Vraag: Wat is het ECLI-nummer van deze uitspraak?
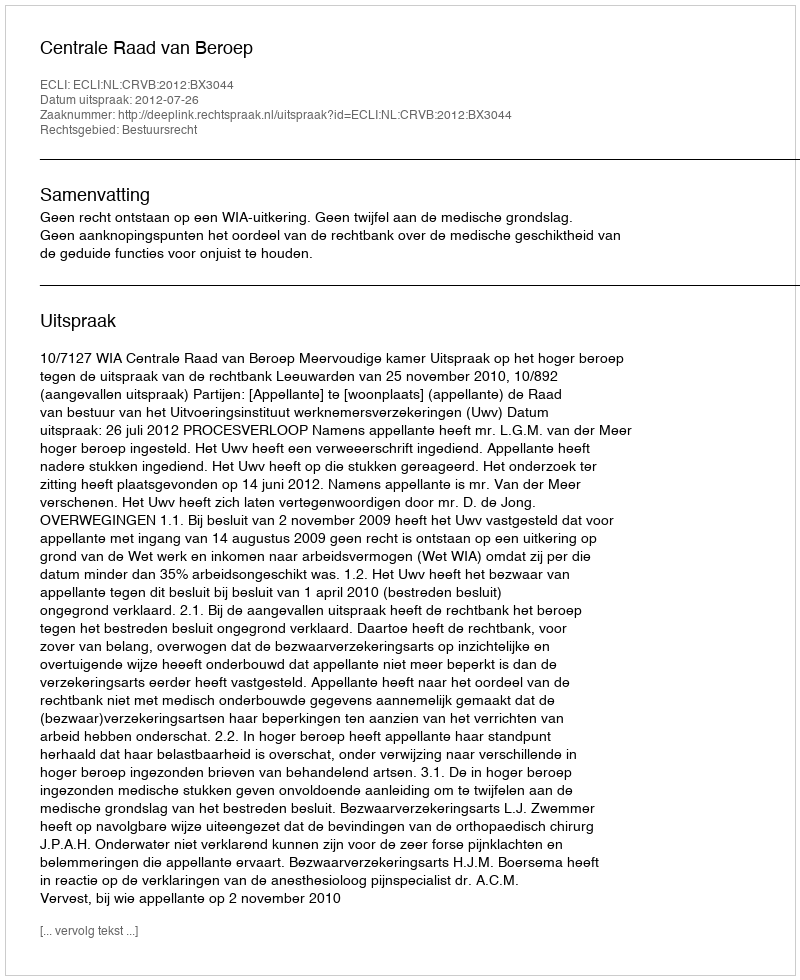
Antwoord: ECLI:NL:CRVB:2012:BX3044